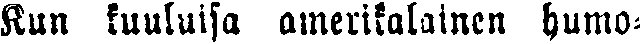
Kun kuuluisa amerikalainen humo-